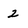
Character: 2